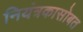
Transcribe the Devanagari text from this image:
नियंत्रकासोबत